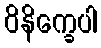
ဝိနိက္ခေပါ